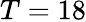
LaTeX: T=18